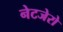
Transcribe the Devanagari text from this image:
नेटजेरो